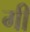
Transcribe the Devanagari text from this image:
गीं